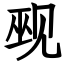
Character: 觋